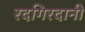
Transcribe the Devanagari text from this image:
रदगिरदानी